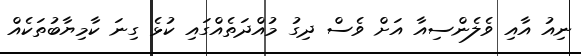
ނިއު އާއި ވެލެންސިއާ އަށް ވެސް ދިގު މުއްދަތެއްގައި ކުޅެ ގިނަ ކާމިޔާބުތަކެއް